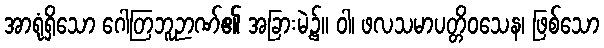
အာရုံရှိသော ဂေါတြဘူဉာဏ်၏ အခြားမဲ့၌။ ဝါ၊ ဖလသမာပတ္တိဝသေန၊ ဖြစ်သော